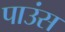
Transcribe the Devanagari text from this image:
पाउंस